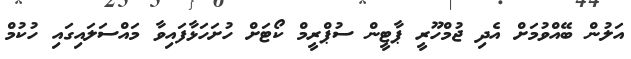
އަލުން ބޭއްވުމަށް އެދި ޖުމްހޫރީ ޕާޓީން ސުޕްރީމް ކޯޓަށް ހުށަހަޅާފައިވާ މައްސަލައިގައި ހުކުމް